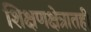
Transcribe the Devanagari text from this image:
शिक्षणक्षेत्रातही